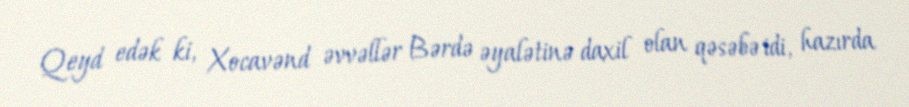
Qeyd edək ki, Xocavənd əvvəllər Bərdə əyalətinə daxil olan qəsəbə idi, hazırda